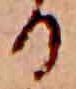
る